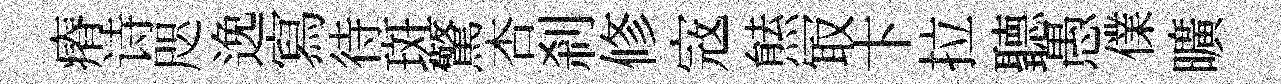
瘠诗咫𨓜寫待斑驚杏刹修𡨥㷱冣卞拉聽愚㒒曠